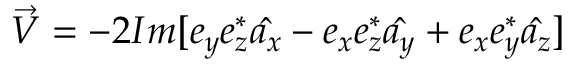
\Vec { V } = - 2 I m [ e _ { y } e _ { z } ^ { * } \hat { a _ { x } } - e _ { x } e _ { z } ^ { * } \hat { a _ { y } } + e _ { x } e _ { y } ^ { * } \hat { a _ { z } } ]